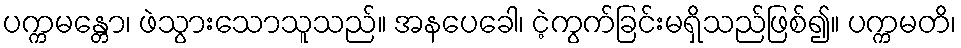
ပက္ကမန္တော၊ ဖဲသွားသောသူသည်။ အနပေခေါ၊ ငဲ့ကွက်ခြင်းမရှိသည်ဖြစ်၍။ ပက္ကမတိ၊